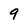
Character: 9